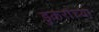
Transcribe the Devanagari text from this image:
डुकरांच्या